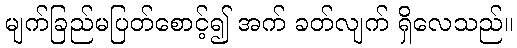
မျက်ခြည်မပြတ်စောင့်၍ အက် ခတ်လျက် ရှိလေသည်။